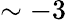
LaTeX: \sim-3